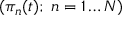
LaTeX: ( \pi _ { n } ( t ) ; \; n = 1 \ldots N )